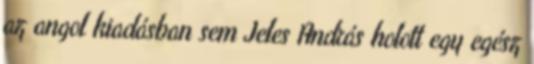
az angol kiadásban sem Jeles András holott egy egész